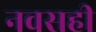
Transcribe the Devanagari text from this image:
नवसही